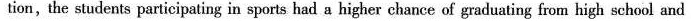
tion,the students participating in sports had a higher chance of graduating from high school and